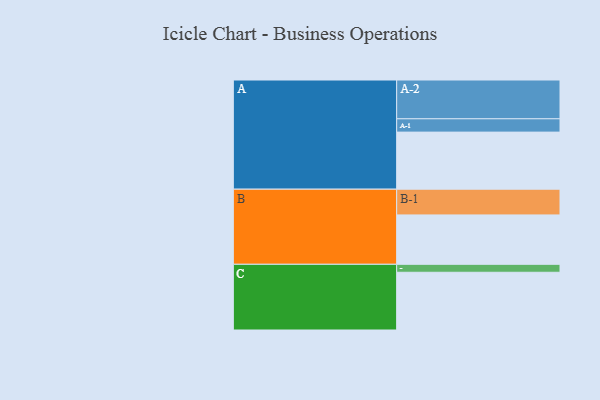
{"axis": {"x": "Segment", "y": "Value"}, "legend": ["", "A", "B", "C"], "data": [{"x": "A", "y": 437, "type": ""}, {"x": "B", "y": 378, "type": ""}, {"x": "C", "y": 442, "type": ""}, {"x": "A-1", "y": 102, "type": "A"}, {"x": "A-2", "y": 297, "type": "A"}, {"x": "B-1", "y": 197, "type": "B"}, {"x": "C-1", "y": 61, "type": "C"}]}